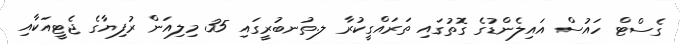
ގެސްޓް ހައުސް އައިލެންޑުގެ ގޮތުގައި ތަރައްގީކުރާ ލ.ތުނބުރީގައި 35 މިލިއަން ރުފިޔާގެ ޖެޓީއަކާއި